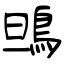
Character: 鴠